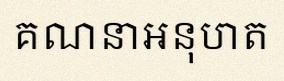
គណនាអនុបាត